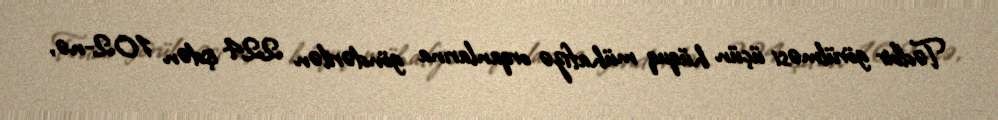
Tədbir görülməsi üçün hüquq mühafizə orqanlarına göndərilən 224 işdən 102-nə,